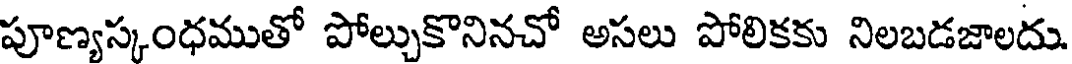
పూణ్యస్కంధముతో పోల్చుకొనినచో అసలు పోలికకు నిలబడజాలదు